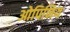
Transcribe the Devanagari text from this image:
ओपिनिय